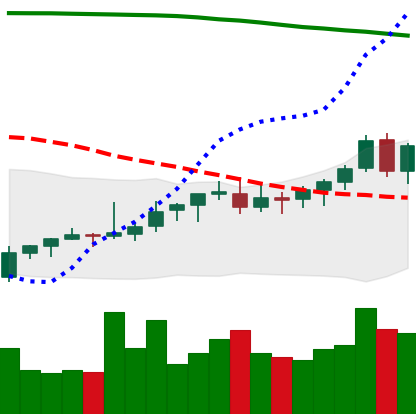
Ticker: EOS-USD
Chart end date: 2021-08-09
Forward return: 20.904%
Label: up_7plus